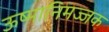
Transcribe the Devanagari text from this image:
ऊष्मानिमज्जक